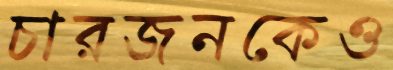
চারজনকেও